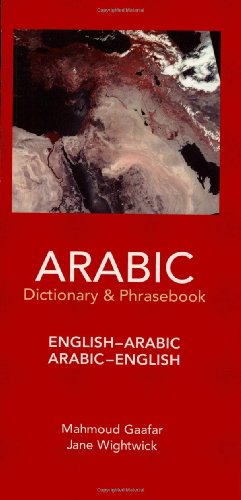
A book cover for English-Arabic Arabic-English Dictionary & Phrasebook (Hippocrene Dictionary & Phrasebooks); Jane Wightwick; Reference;